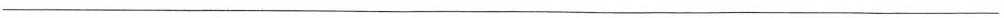
___